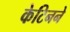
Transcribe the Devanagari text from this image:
केटिनने